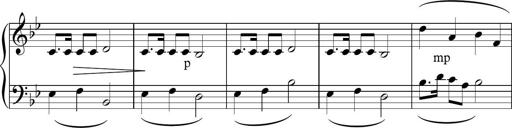
Title: Sonatina n.2
Composer: Tatiana Stankovych
Key: B-flat major